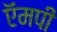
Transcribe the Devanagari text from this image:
ऍमपी